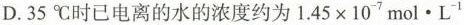
D.35℃时已电离的水的浓度约为$$1 . 4 5 \times 1 0 ^ { - 7 } mol \cdot L ^ { - 1 }$$